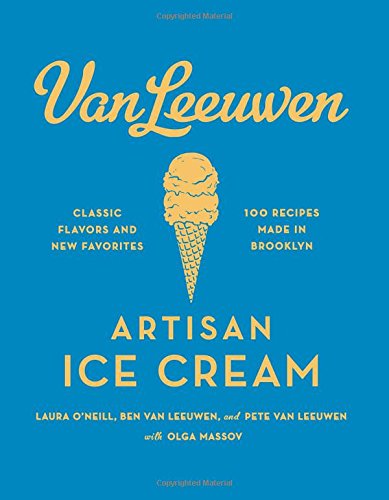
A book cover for Van Leeuwen Artisan Ice Cream; Laura O'Neill; Cookbooks, Food & Wine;